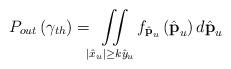
LaTeX: \begin{align*}{P_{out}}\left( {{\gamma _{th}}} \right) = \iint\limits_{\left| {{{\hat x}_u}} \right| \ge k{{\hat y}_u}} {f_{\hat{ \textbf{p}}_u}}\left(\hat{ \textbf{p}}_u \right) d{\hat{ \textbf{p}}_u}\end{align*}